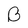
Character: B